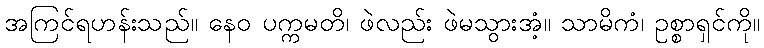
အကြင်ရဟန်းသည်။ နေဝ ပက္ကမတိ၊ ဖဲလည်း ဖဲမသွားအံ့။ သာမိကံ၊ ဥစ္စာရှင်ကို။